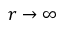
r \rightarrow \infty